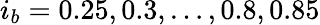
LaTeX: i_{b}=0.25,0.3,…,0.8,0.85